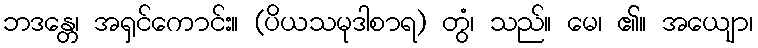
ဘဒန္တေ၊ အရှင်ကောင်း။ (ပိယသမုဒါစာရ) တွံ၊ သည်။ မေ၊ ၏။ အယျော၊